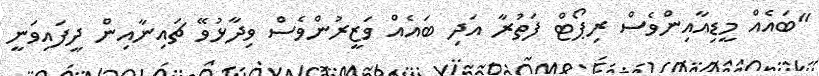
"ބައެއް މީޑިއާއިންވެސް ރިޕޯޓް ފަތުރާ އަދި ބައެއް ވަޒީރުންވެސް ވިދާޅުވޭ ޗައިނާއިން ދީފައިވަނީ